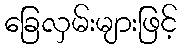
ခြေလှမ်းများဖြင့်